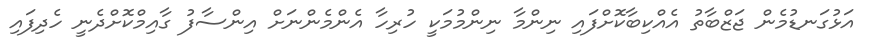
އަޅުގަނޑުމެން ޖަޒްބާތު އެއްކިބާކޮށްފައި ނިންމާ ނިންމުމަކީ ހުރިހާ އެންމެންނަށް އިންސާފު ގާއިމްކޮށްދެނީ ހެދިފައި